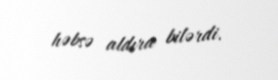
həbsə aldıra bilərdi.